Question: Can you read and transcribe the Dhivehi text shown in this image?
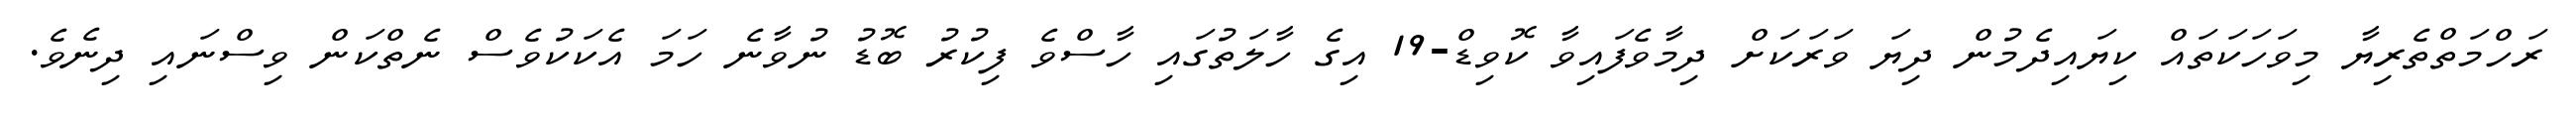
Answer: ރަހްމަތްތެރިޔާ މިވަހަކަތައް ކިޔައިދެމުން ދިޔަ ވަރަކަށް ދިމާވެފައިވާ ކޮވިޑް-19 އިގެ ހާލަތުގައި ހާސްވެ ފިކުރު ބޮޑު ނުވާނެ ހަމަ އެކަކުވެސް ނެތްކަން ވިސްނައި ދިނެވެ.